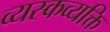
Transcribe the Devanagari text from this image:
व्यस्कव्यक्ति